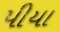
પીયા